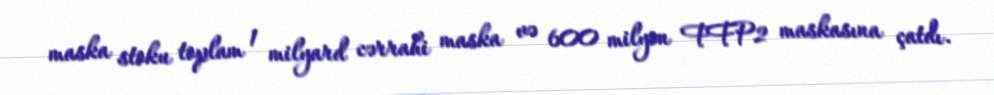
maska stoku toplam 1 milyard cərrahi maska və 600 milyon FFP2 maskasına çatdı.